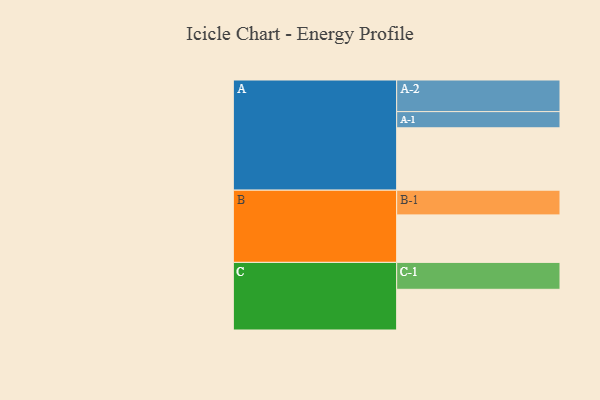
{"axis": {"x": "Segment", "y": "Value"}, "legend": ["", "A", "B", "C"], "data": [{"x": "A", "y": 570, "type": ""}, {"x": "B", "y": 434, "type": ""}, {"x": "C", "y": 372, "type": ""}, {"x": "A-1", "y": 148, "type": "A"}, {"x": "A-2", "y": 289, "type": "A"}, {"x": "B-1", "y": 226, "type": "B"}, {"x": "C-1", "y": 246, "type": "C"}]}